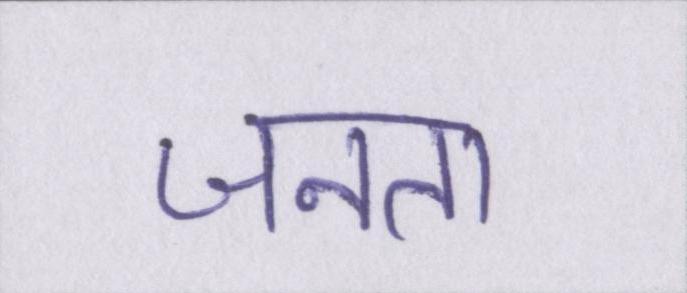
जनता